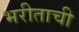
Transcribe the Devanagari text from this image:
भरीताची